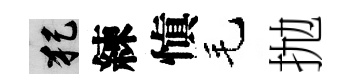
犯練愼毛抛